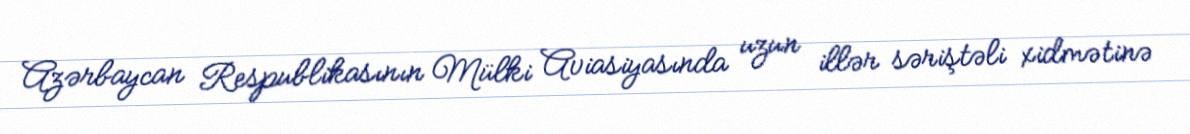
Azərbaycan Respublikasının Mülki Aviasiyasında uzun illər səriştəli xidmətinə